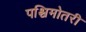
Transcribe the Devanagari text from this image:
पश्चिमोतरी